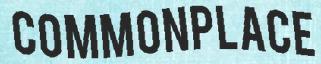
COMMONPLACE